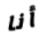
أنا